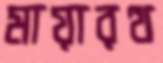
মায়ারত্থ